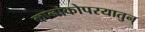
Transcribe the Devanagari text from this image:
कानाकोपरयातुन्